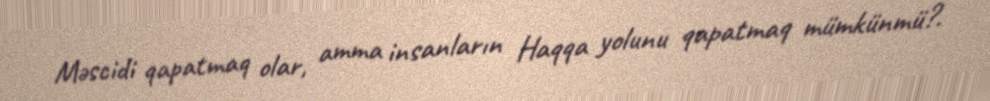
Məscidi qapatmaq olar, amma insanların Haqqa yolunu qapatmaq mümkünmü?.